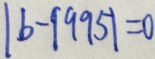
\vert b - 1 9 9 5 \vert = 0